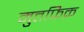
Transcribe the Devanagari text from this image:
मुत्तफिक़